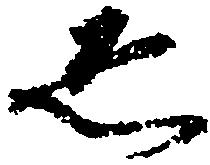
ゑ